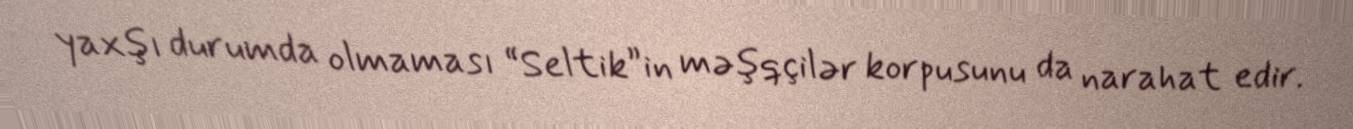
yaxşı durumda olmaması “Seltik”in məşqçilər korpusunu da narahat edir.